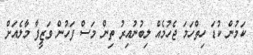
ކަމުން ކުޑަ ހިތްހަމަ ޖެހުމެއް ލިބުނުއިރު ތިން މަސް ފަހުން ވަޒީފާ މާލެއަށް